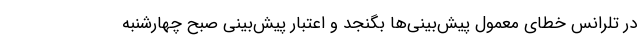
در تلرانس خطای معمول پیش‌بینی‌ها بگنجد و اعتبار پیش‌بینی صبح چهارشنبه‌